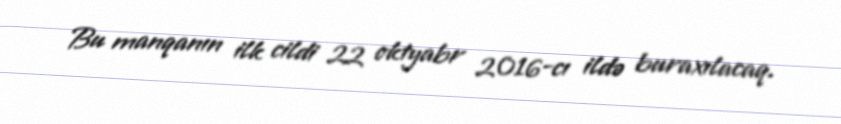
Bu manqanın ilk cildi 22 oktyabr 2016-cı ildə buraxılacaq.